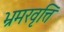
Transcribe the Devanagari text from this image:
भ्रमरवृत्ति